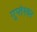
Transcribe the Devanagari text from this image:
गुप्तेश्‍वर